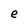
Character: e